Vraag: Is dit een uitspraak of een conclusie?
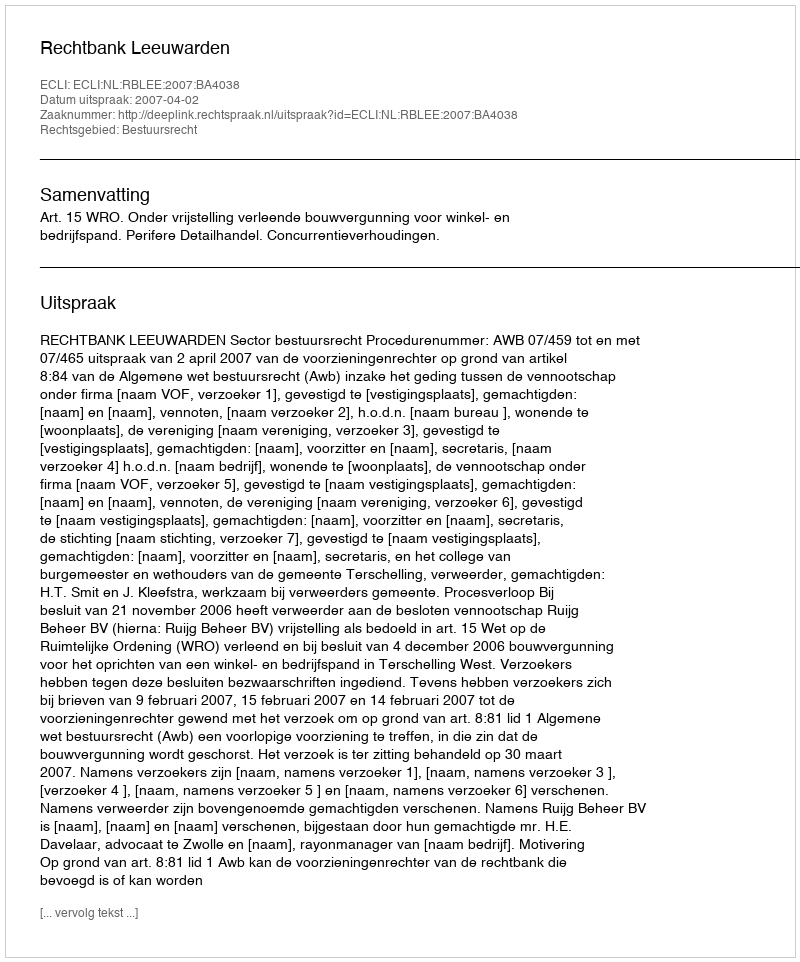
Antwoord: Uitspraak